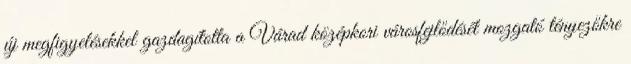
új megfigyelésekkel gazdagította a Várad középkori városfejlődését mozgató tényezőkre